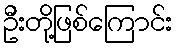
ဦးတို့ဖြစ်ကြောင်း